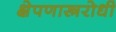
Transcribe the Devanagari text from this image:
क्षेपणास्त्ररोधी